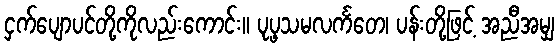
ငှက်ပျောပင်တို့ကိုလည်းကောင်း။ ပုပ္ဖသမလင်္ကတေ၊ ပန်းတို့ဖြင့် အညီအမျှ